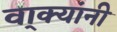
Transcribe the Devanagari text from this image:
वा्क्यांनी